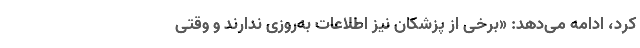
کرد، ادامه می‌دهد: «برخی از پزشکان نیز اطلاعات به‌روزی ندارند و وقتی